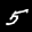
Label: 5